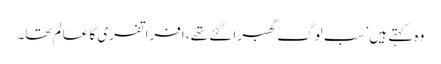
وہ کہتے ہیں ’سب لوگ گھبرا گئے تھے، افراتفری کا عالم تھا۔